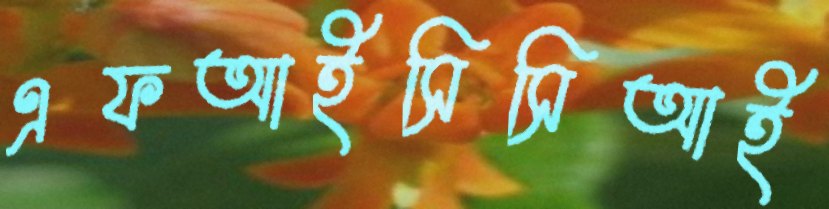
এফআইসিসিআই